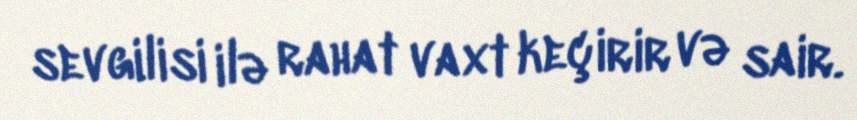
sevgilisi ilə rahat vaxt keçirir və sair.